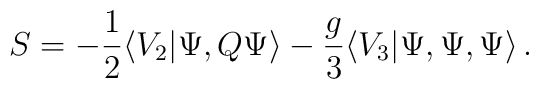
S = -\frac{1}{2}\langle V_2 | \Psi, Q \Psi \rangle-\frac{g}{3}   \langle V_3 | \Psi, \Psi, \Psi \rangle\,.